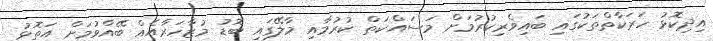
އިދިކޮޅު ހަރަކާތްތަކުގައި ބައިވެރިކުރުމަށް މަސައްކަތް ކުރުމާއި މާލޭގައި ބޮޑު މުޒާހަރާއެއް ބޭއްވުމަށް އަތޮޅު